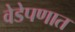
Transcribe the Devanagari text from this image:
वेडेपणात